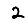
Digit: 2